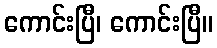
ကောင်းပြီ၊ ကောင်းပြီ။